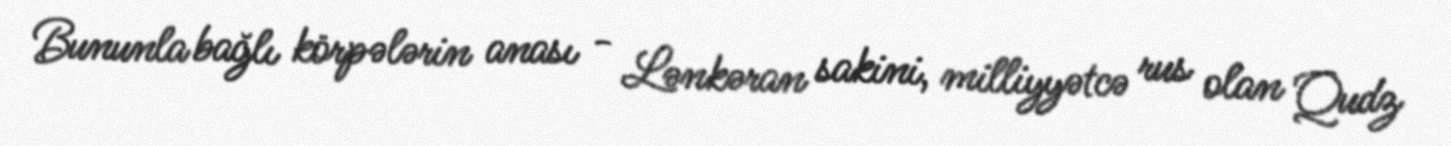
Bununla bağlı körpələrin anası - Lənkəran sakini, milliyyətcə rus olan Qudz